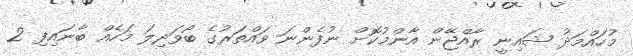
މުހައްމަދު ޝައިނީ ރާއްޖޭން އާންމުކޮށް ނުފެންނަ ވައްތަރުގެ ބޯވަދިލަ މަހެއް ބާނައިފި 2